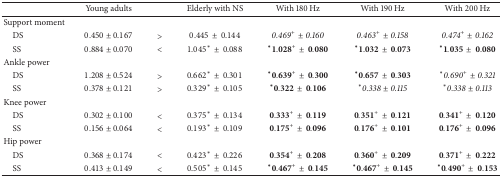
<table><thead><tr><td><b> </b></td><td><b>Young adults</b></td><td><b> </b></td><td><b>Elderly with NS</b></td><td><b>With 180 Hz</b></td><td><b>With 190 Hz</b></td><td><b>With 200 Hz</b></td></tr></thead><tbody><tr><td>Support moment</td><td> </td><td> </td><td> </td><td> </td><td> </td><td> </td></tr><tr><td> DS</td><td>0.450 ± 0.167</td><td>&gt;</td><td>0.445 ± 0.144</td><td><i>0.469</i><sup>+</sup>± <i>0.160</i></td><td><i>0.463</i><sup>+</sup>± <i>0.158</i></td><td><i>0.474</i><sup>+</sup>± <i>0.162</i></td></tr><tr><td> SS</td><td>0.884 ± 0.070</td><td>&lt;</td><td>1.045<sup><i>∗</i></sup> ± 0.088</td><td><sup><b>∗</b></sup>1.028<sup>+</sup> ± 0.080</td><td><sup><b>∗</b></sup>1.032 ± 0.073</td><td><sup><b>∗</b></sup>1.035 ± 0.080</td></tr><tr><td>Ankle power</td><td> </td><td> </td><td colspan="4"> </td></tr><tr><td> DS</td><td>1.208 ± 0.524</td><td>&gt;</td><td>0.662<sup><i>∗</i></sup> ± 0.301</td><td><sup><b>∗</b></sup>0.639<sup>+</sup> ± 0.300</td><td><sup><b>∗</b></sup>0.657 ± 0.303</td><td><sup><i>∗</i></sup><i>0.690</i><sup>+</sup>± <i>0.321</i></td></tr><tr><td> SS</td><td>0.378 ± 0.121</td><td>&gt;</td><td>0.329<sup><i>∗</i></sup> ± 0.105</td><td><sup><b>∗</b></sup>0.322 ± 0.106</td><td><sup><i>∗</i></sup><i>0.338</i> ± <i>0.115</i></td><td><sup><i>∗</i></sup><i>0.338</i> ± <i>0.113</i></td></tr><tr><td>Knee power</td><td> </td><td> </td><td colspan="4"> </td></tr><tr><td> DS</td><td>0.302 ± 0.100</td><td>&lt;</td><td>0.375<sup><i>∗</i></sup> ± 0.134</td><td>0.333<sup>+</sup> ± 0.119</td><td>0.351<sup>+</sup> ± 0.121</td><td>0.341<sup>+</sup> ± 0.120</td></tr><tr><td> SS</td><td>0.156 ± 0.064</td><td>&lt;</td><td>0.193<sup><i>∗</i></sup> ± 0.109</td><td>0.175<sup>+</sup> ± 0.096</td><td>0.176<sup>+</sup> ± 0.101</td><td>0.176<sup>+</sup> ± 0.096</td></tr><tr><td>Hip power</td><td> </td><td> </td><td colspan="4"> </td></tr><tr><td> DS</td><td>0.368 ± 0.174</td><td>&lt;</td><td>0.423<sup><i>∗</i></sup> ± 0.226</td><td>0.354<sup>+</sup> ± 0.208</td><td>0.360<sup>+</sup> ± 0.209</td><td>0.371<sup>+</sup> ± 0.222</td></tr><tr><td> SS</td><td>0.413 ± 0.149</td><td>&lt;</td><td>0.505<sup><i>∗</i></sup> ± 0.145</td><td><sup><b>∗</b></sup>0.467<sup>+</sup> ± 0.145</td><td><sup><b>∗</b></sup>0.467<sup>+</sup> ± 0.145</td><td><sup><b>∗</b></sup>0.490<sup>+</sup> ± 0.153</td></tr></tbody></table>